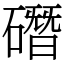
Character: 䃡